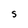
Character: S